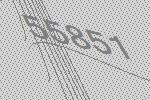
55851